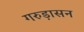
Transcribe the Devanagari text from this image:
गरुड़ासन